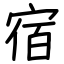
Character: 宿